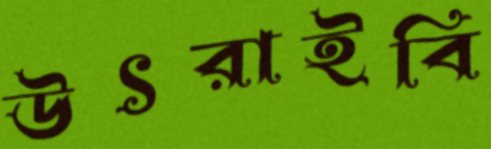
উৎরাইবি